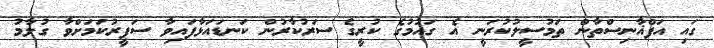
ގައި އަފްޣާނިސްތާން ތަމުސީލުކުރަނީ އެ ގައުމުގެ ކުރީގެ ސަރުކާރުން ކަނޑައަޅާފައިވާ ސަފީރުކަމަށްވާ ގުލާމު